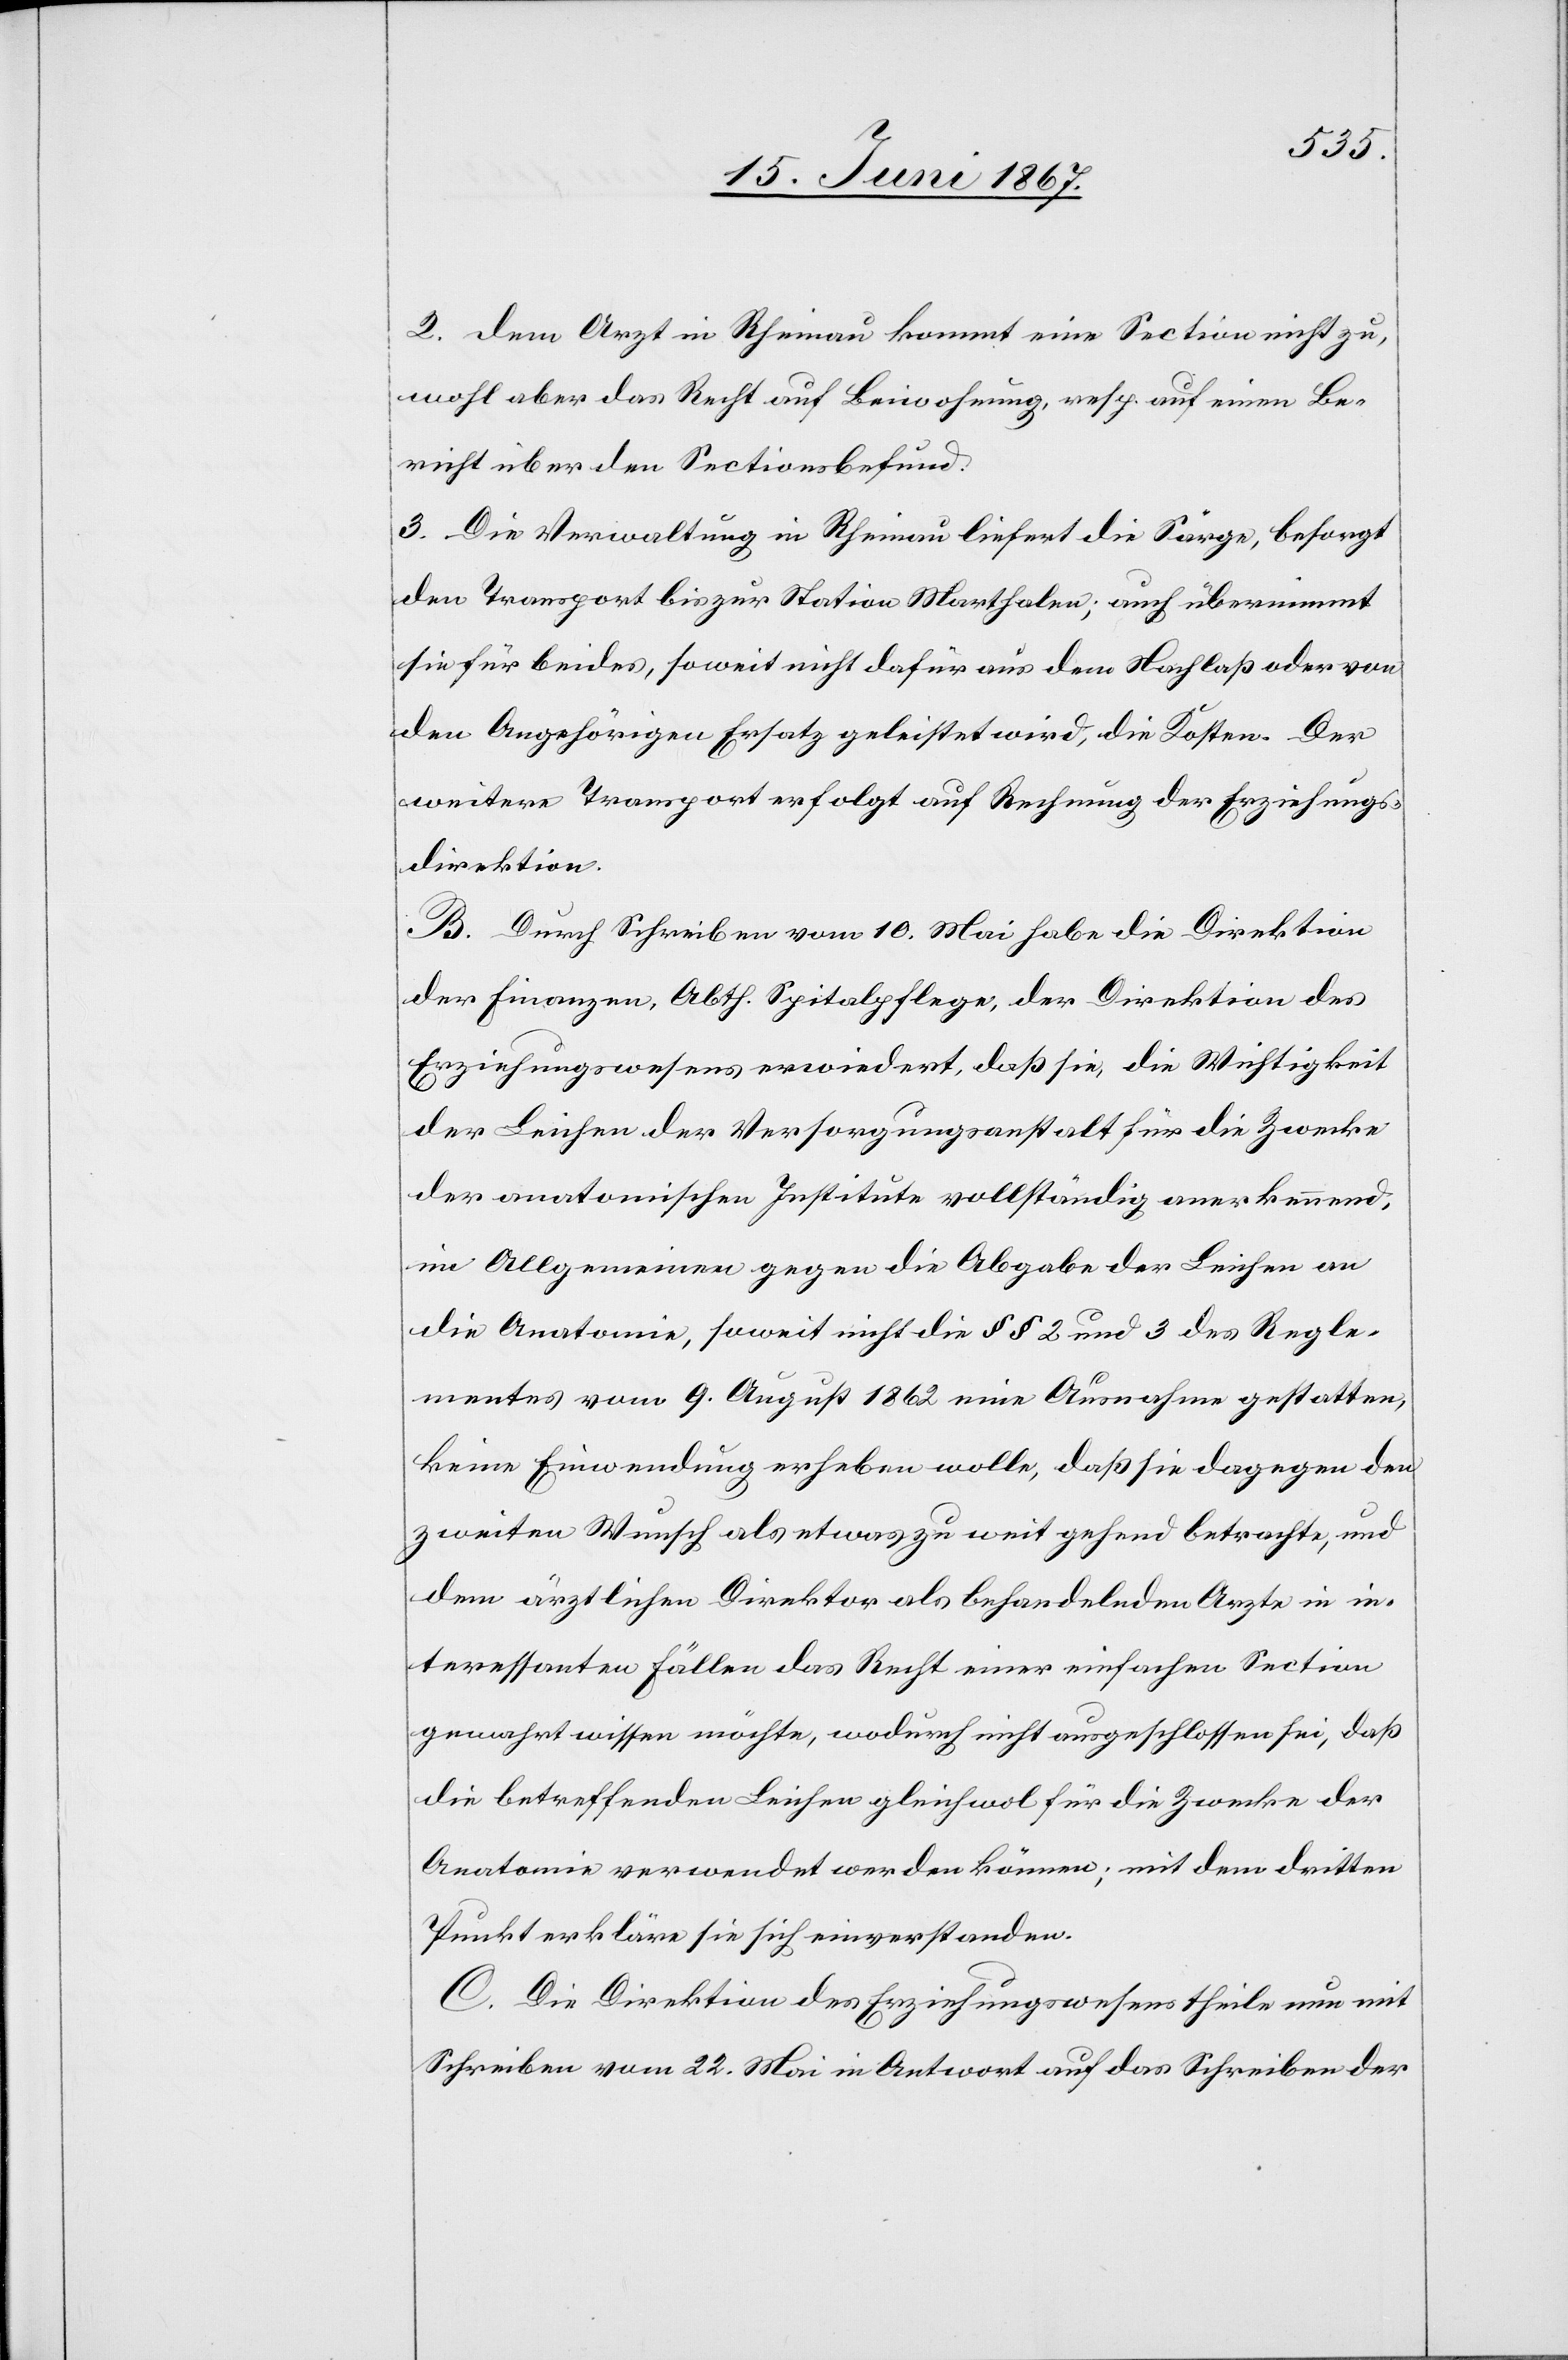
2. Dem Arzt in Rheinau kommt eine Section nicht zu,
wohl aber das Recht auf Beiwohnung, resp. auf einen Be¬
richt über den Sectionsbefund.
3. Die Verwaltung in Rheinau liefert die Särge, besorgt
den Transport bis zur Station Marthalen; auch übernimmt
sie für beides, so weit nicht dafür aus dem Nachlaß oder von
den Angehörigen Ersatz geleistet wird, die Kosten. Der
weitere Transport erfolgt auf Rechnung der Erziehungs¬
direktion.
4. Durch Schreiben vom 10. Mai habe die Direktion
der Finanzen, Abth. Spitalpflege, der Direktion des
Erziehungswesens erwiedert, daß sie, die Wichtigkeit
der Leichen der Versorgungsanstalt für die Zwecke
der anatomischen Institute vollständig anerkennend,
im Allgemeinen gegen die Abgabe der Leichen an
die Anatomie, soweit nicht die § § 2 und 3 des Regle¬
mentes vom 9. August 1862 eine Ausnahme gestatten,
keine Einwendung erheben wollte, daß sie dagegen den
zweiten Wunsch als etwas zu weit gehend betrachte, und
dem ärztlichen Direktor als behandelnden Arzte in in¬
teressanten Fällen das Recht einer einfachen Section
gewahrt wissen möchte, wodurch nicht ausgeschlossen sei, daß
die betreffenden Leichen gleichwol für die Zwecke der
Anatomie verwendet werden können; mit dem dritten
Punkte erkläre sie sich einverstanden.
C. Die Direktion des Erziehungswesens theile nun mit
Schreiben vom 22. Mai in Antwort auf das Schreiben der